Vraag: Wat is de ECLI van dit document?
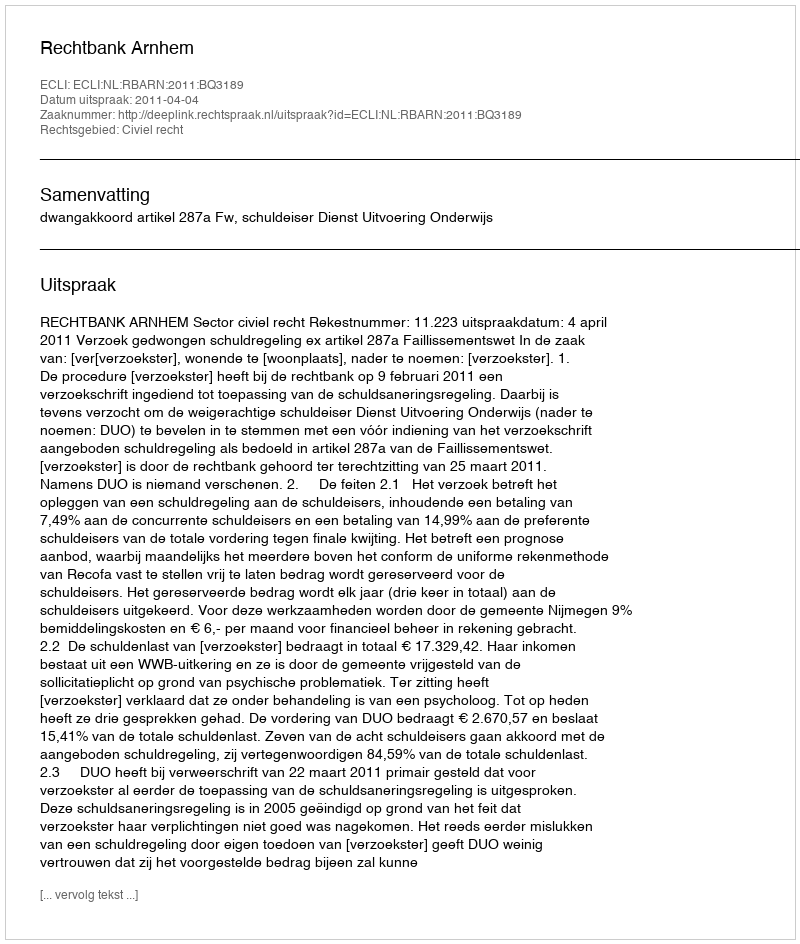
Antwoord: ECLI:NL:RBARN:2011:BQ3189